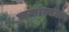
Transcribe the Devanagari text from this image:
ॠणात्मक